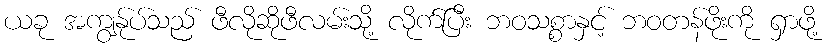
ယခု အကျွန်ုပ်သည် ဖီလိုဆိုဖီလမ်းသို့ လိုက်ပြီး ဘဝသစ္စာနှင့် ဘဝတန်ဖိုးကို ရှာဖို့